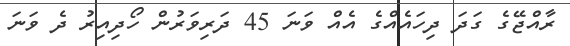
ރާއްޖޭގެ ގަދަ ދިހައެއްގެ އެއް ވަނަ 45 ދަރިވަރުން ހޯދިއިރު ދެ ވަނަ